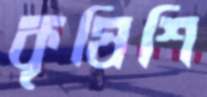
কৃষিশি